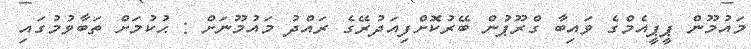
މައުމޫން ޕީޕީއެމްގެ ވައިބާ ގްރޫޕުން ބޭރުކޮށްފިއަދުރޭގެ ރައްދު މައުމޫނަށް : ޙުކުމަށް ތަބާވުމުގައި